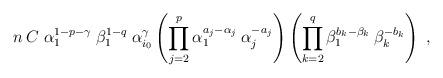
LaTeX: \begin{align*}n \:C \;\alpha_1^{1-p-\gamma} \:\beta_1^{1-q}\;\alpha_{i_0}^\gamma\left( \prod_{j=2}^p \alpha_1^{a_j - \alpha_j} \:\alpha_j^{-a_j} \right)\left( \prod_{k=2}^q \beta_1^{b_k-\beta_k} \:\beta_k^{-b_k} \right)\;, \end{align*}